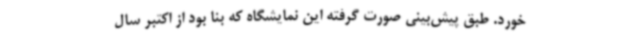
خورد. طبق پیش‌بینی صورت گرفته این نمایشگاه که بنا بود از اکتبر سال